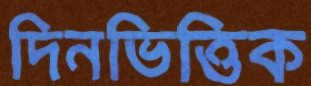
দিনভিত্তিক